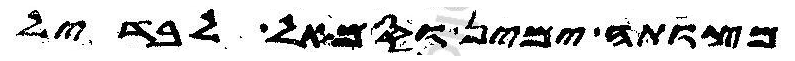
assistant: מצותה ימין וסמאל לבדיל